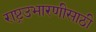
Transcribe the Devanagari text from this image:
राष्ट्रउभारणीसाठी